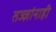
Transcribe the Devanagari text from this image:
तज्‍ज्ञांनाही